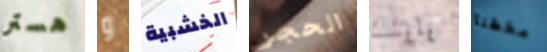
هستر و الخشبية الحجر وابنك مخطئا